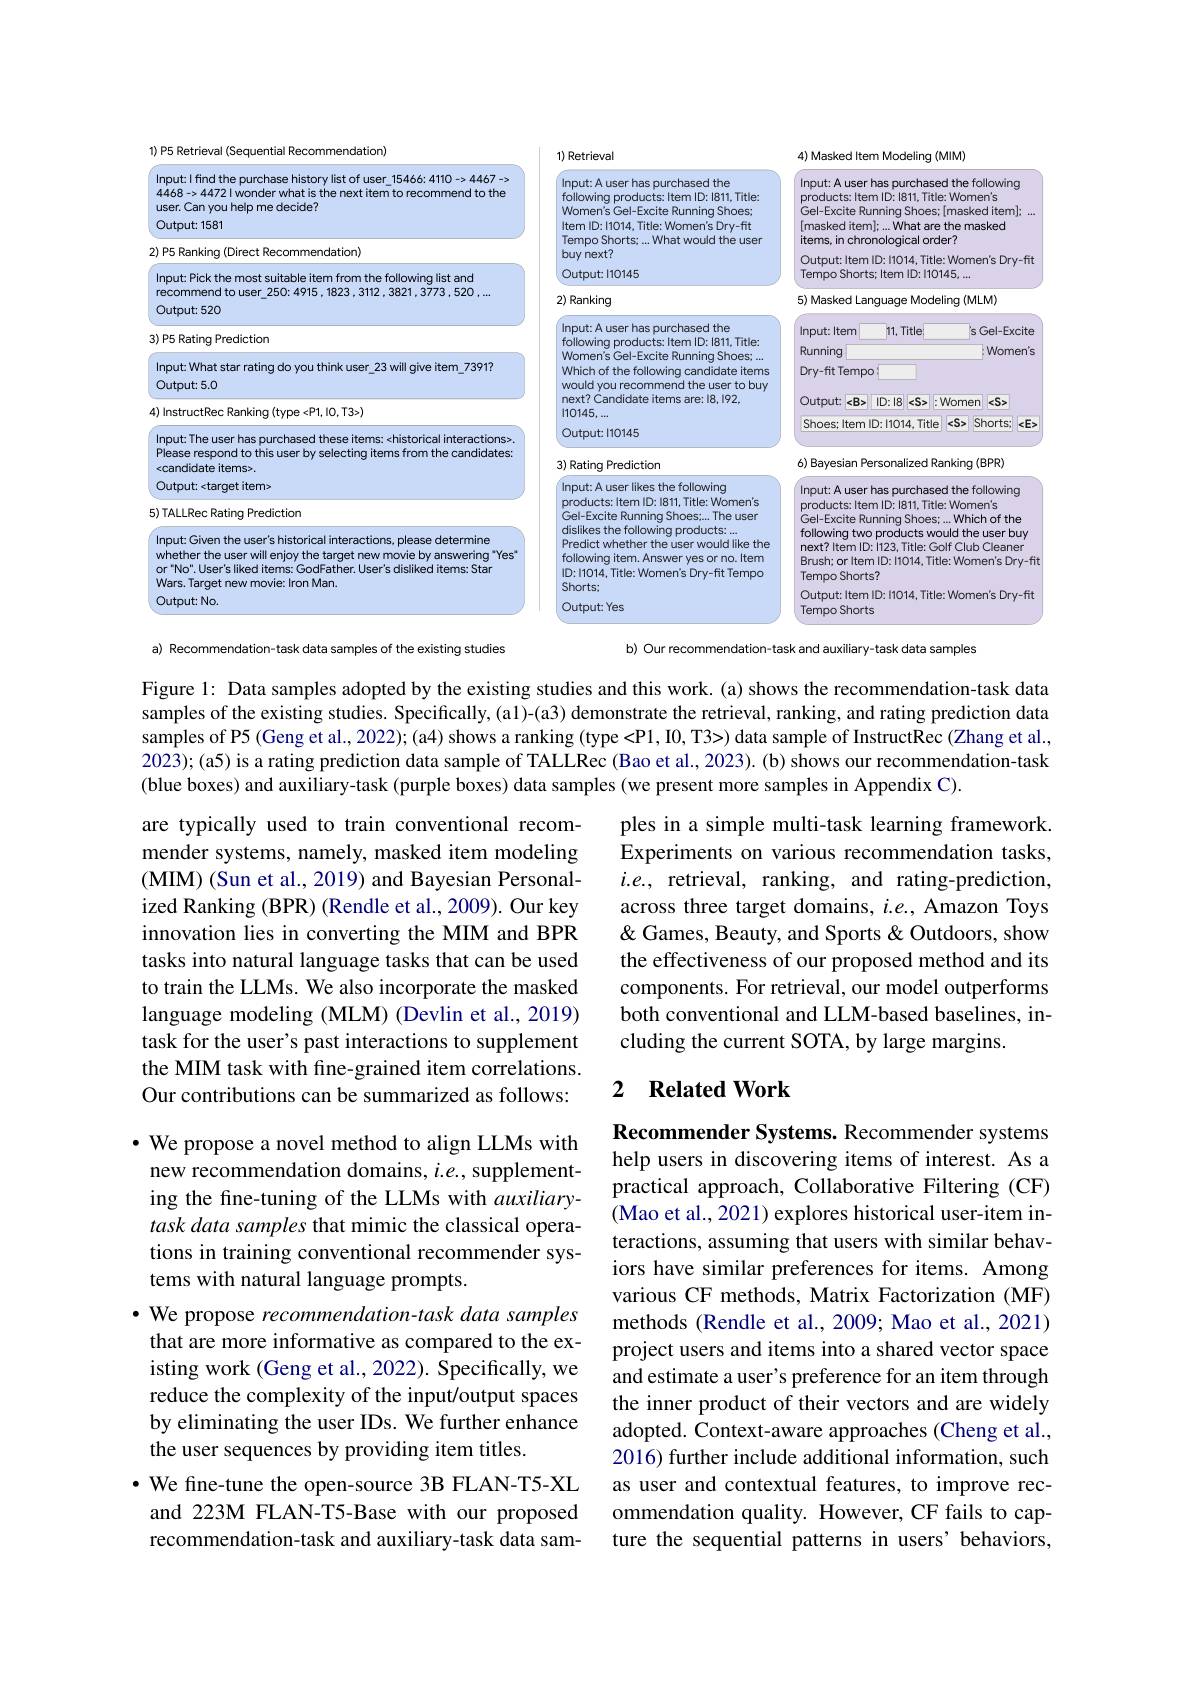
<FigureHere>
a) Recommendation-task data samples of the existing studies
b) Our recommendation-task and auxiliary-task data samples

Figure l: Data samples adopted by the existing studies and this work.(a) shows the recommendation-task data samples of the existing studies. Specifically, (a1)-(a3) demonstrate the retrieval, ranking, and rating prediction data $\hat{\text{samples of P5(Geng et al., 2022);(a4)shows a ranking(type<P1, I0, T3>) data sample of InstructRec(Zhang et al.,}}$ 2023); (a5) is a rating prediction data sample of TALLRec (Bao et al., 2023). (b) shows our recommendation-task (blue boxes) and auxiliary-task (purple boxes) data samples (we present more samples in Appendix C).

ples in a simple multi-task learning framework. Experiments on various recommendation tasks, $i.e.$, retrieval, ranking, and rating-prediction, across three target domains, $i.e.$, Amazon Toys & Games, Beauty, and Sports & Outdoors, show the effectiveness of our proposed method and its components. For retrieval, our model outperforms both conventional and LLM-based baselines, including the current SOTA, by large margins.

### 2 $\textbf{Related Work}$

are typically used to train conventional recommender systems, namely, masked item modeling ( MIM) ( Sun et al. , 2019) and Bayesian Personal- ized Ranking (BPR) (Rendle et al., 2009). Our key innovation lies in converting the MIM and BPR tasks into natural language tasks that can be used to train the LLMs. We also incorporate the masked language modeling (MLM) (Devlin et al., 2019) task for the user's past interactions to supplement the MIM task with fine-grained item correlations. Our contributions can be summarized as follows: $\cdot$ We propose a novel method to align LLMs with new recommendation domains, $i.e.$, supplementing the fine-tuning of the LLMs with auxiliarytask data samples that mimic the classical operations in training conventional recommender systems with natural language prompts.
· We propose recommendation-task data samples
that are more informative as compared to the existing work (Geng et al., 2022). Specifically, we reduce the complexity of the input/output spaces by eliminating the user IDs. We further enhance the user sequences by providing item titles.
$\bullet$ We fine-tune the open-source 3B FLAN-T5-XL and 223M FLAN-T5-Base with our proposed recommendation-task and auxiliary-task data sam-

Recommender Systems. Recommender systems help users in discovering items of interest. As a practical approach, Collaborative Filtering (CF) (Mao et al., 2021) explores historical user-item interactions, assuming that users with similar behaviors have similar preferences for items. Among various CF methods, Matrix Factorization (MF) methods (Rendle et al., 2009; Mao et al., 2021) project users and items into a shared vector space and estimate a user's preference for an item through the inner product of their vectors and are widely adopted. Context-aware approaches (Cheng et al., 2016) further include additional information, such as user and contextual features, to improve recommendation quality. However, CF fails to capture the sequential patterns in users'behaviors,